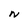
Character: N